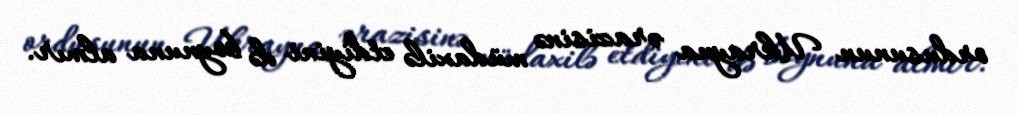
ordusunun Ukrayna ərazisinə müdaxilə etdiyini də boynuna almır.